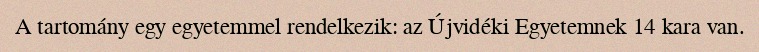
A tartomány egy egyetemmel rendelkezik: az Újvidéki Egyetemnek 14 kara van.